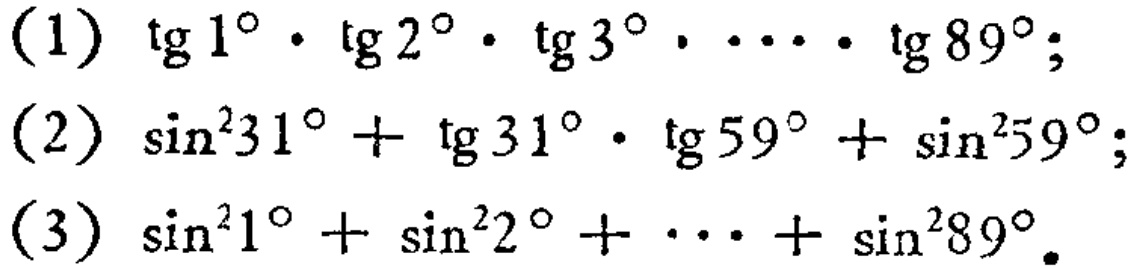
(1) \(\tg1^{\circ}\cdot\tg2^{\circ}\cdot\tg3^{\circ}\cdots\cdot\tg89^{\circ}\);
(2) \(\sin^{2}31^{\circ}+\tg31^{\circ}\cdot\tg59^{\circ}+\sin^{2}59^{\circ}\);
(3) \(\sin^{2}1^{\circ}+\sin^{2}2^{\circ}+\cdots+\sin^{2}89^{\circ}\)